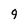
Character: 9